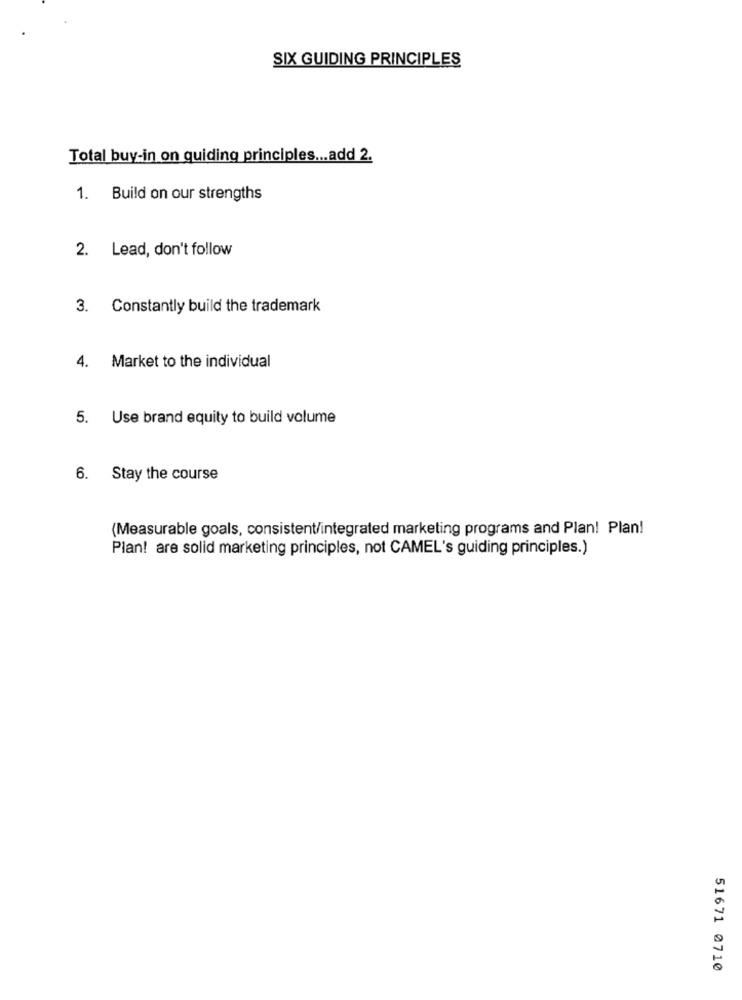
SIX GUIDING PRINCIPLES
Total buy-in on quiding principles ... add 2.
1.
Build on our strengths
2.
Lead, don't follow
3. Constantly build the trademark
4. Market to the individual
5. Use brand equity to build volume
6. Stay the course
(Measurable goals, consistent/integrated marketing programs and Plan! Plan!
Plan! are solid marketing principles, not CAMEL's guiding principles.)
51671 0710